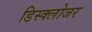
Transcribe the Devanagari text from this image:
डिस्क्लोजर